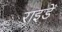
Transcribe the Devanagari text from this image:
राइडें